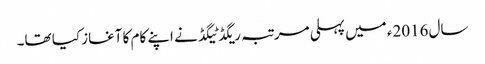
سال 2016ء میں پہلی مرتبہ ریگڈ ٹیگڈ نے اپنے کام کا آغاز کیا تھا۔